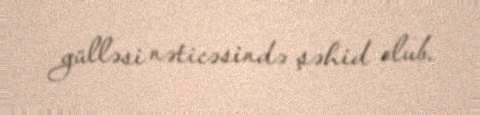
gülləsi nəticəsində şəhid olub.